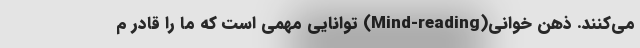
می‌کنند. ذهن خوانی(Mind-reading) توانایی مهمی است که ما را قادر م